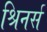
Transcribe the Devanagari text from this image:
श्रिनर्स